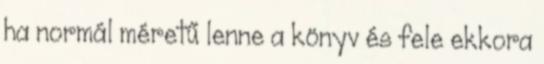
ha normál méretű lenne a könyv és fele ekkora